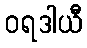
ဝရဒါယီ